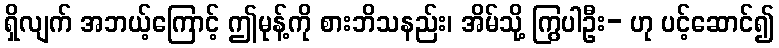
ရှိလျက် အဘယ့်ကြောင့် ဤမုန့်ကို စားဘိသနည်း၊ အိမ်သို့ ကြွပါဦး- ဟု ပင့်ဆောင်၍